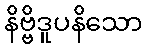
နိဗ္ဗိဒူပနိသော